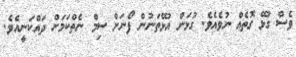
ވެސް ގުޅޭ ގޮތެއް ނުވެއެވެ. ގުޅަން އުޅޭތަނުން ފޯނަށް ސިމް ނެތްކަމަށް ދައްކަނީއެވެ.